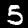
Label: 5